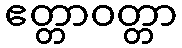
ဧတ္တာဝတ္တာ